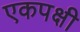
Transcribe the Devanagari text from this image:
एकपक्षी